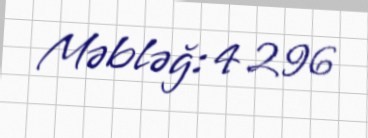
Məbləğ: 4 296